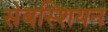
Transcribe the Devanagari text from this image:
सेबस्शियन